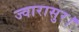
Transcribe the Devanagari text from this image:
ज्वारासुर।